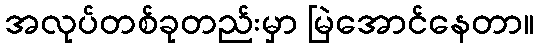
အလုပ်တစ်ခုတည်းမှာ မြဲအောင်နေတာ။